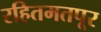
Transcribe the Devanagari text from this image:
रहितमतपूर